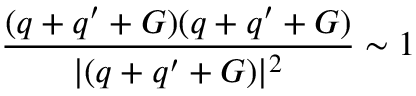
\frac { ( \boldsymbol { q } + \boldsymbol { q } ^ { \prime } + \boldsymbol { G } ) ( \boldsymbol { q } + \boldsymbol { q } ^ { \prime } + \boldsymbol { G } ) } { | ( \boldsymbol { q } + \boldsymbol { q } ^ { \prime } + \boldsymbol { G } ) | ^ { 2 } } \sim 1